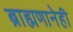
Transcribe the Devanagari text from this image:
ब्राह्मणानेही